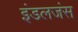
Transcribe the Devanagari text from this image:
इंडलजंस